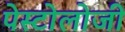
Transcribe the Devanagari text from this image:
पेस्टोलोजी